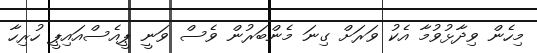
މިހެން ވިދާޅުވުމާ އެކު ވަރަށް ގިނަ މެންބަރުން ވެސް ވަނީ ޕީއެސްއައިޕީ ހުރިހާ